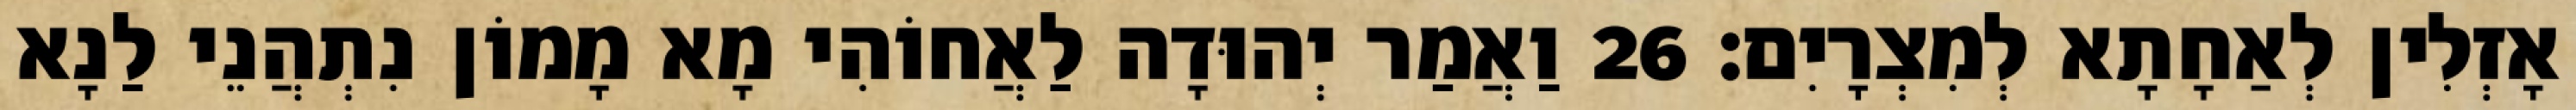
אָזְלִין לְאַחָתָא לְמִצְרָיִם׃ 26 וַאֲמַר יְהוּדָה לַאֲחוֹהִי מָא מָמוֹן נִתְהֲנֵי לַנָא